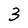
Character: 3